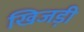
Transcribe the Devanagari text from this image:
खिजड़ी